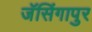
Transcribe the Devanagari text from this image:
जॅसिंगापुर